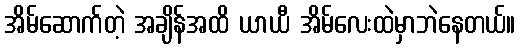
အိမ်ဆောက်တဲ့ အချိန်အထိ ယာယီ အိမ်လေးထဲမှာဘဲနေတယ်။